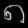
Digit: ၈